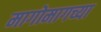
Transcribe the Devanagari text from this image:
मागोमागच्या